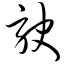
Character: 驶